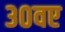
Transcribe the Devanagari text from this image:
३०वए